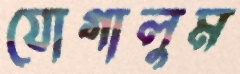
যোগালুম